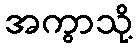
အကွာသို့